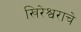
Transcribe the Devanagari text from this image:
खिरेश्वराचे